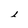
Character: l